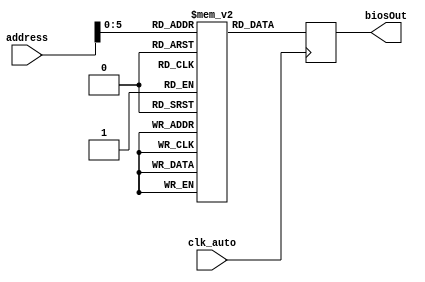
module BIOS(address, biosOut, clk_auto);

	input [31:0]address;
	input clk_auto;
	output reg [31:0]biosOut;
	
	reg [31:0] bios[63:0];
	initial
		begin				
bios[0] <= 32'b011010_00000000000000000000000001; // jump to 1 (main)
bios[1] <= 32'b001100_11110_11110_0000000000000101; // addi: $sp = $sp + (5)
bios[2] <= 32'b001111_00000_00110_0000000000001010; // li: load 10 in register $a0
bios[3] <= 32'b110110_00000_00110_0000000000000000; // lcd ($a0)
bios[4] <= 32'b011100_00000000000000000000000000; // nop
bios[5] <= 32'b100101_00000_10100_0000000000000000; // in $t0
bios[6] <= 32'b010000_11110_10100_0000000000000000; // sw: mem[$sp + (0)] = mem[$t0]
bios[7] <= 32'b001110_11110_01010_0000000000000000; // lw: $s0 = mem[$sp] + (0)
bios[8] <= 32'b001100_01010_10101_0000000000000010; // addi: $t1 = $s0 + (2)
bios[9] <= 32'b010000_11110_10101_0000000000000000; // sw: mem[$sp + (0)] = mem[$t1]
bios[10] <= 32'b001110_11110_01010_0000000000000000; // lw: $s0 = mem[$sp] + (0)
bios[11] <= 32'b011011_01010_00110_0000000000000000; // mov: $a0 = $s0
bios[12] <= 32'b111111_00000_00110_0000000000000000; // out $a0
bios[13] <= 32'b001111_00000_10110_0000000000000000; // li: load 0 in register $t2
bios[14] <= 32'b010000_11110_10110_1111111111111101; // sw: mem[$sp + (-3)] = mem[$t2]
bios[15] <= 32'b001110_11110_01010_1111111111111101; // lw: $s0 = mem[$sp] + (-3)
bios[16] <= 32'b001111_00000_10111_0000010000000000; // li: load 1024 in register $t3
bios[17] <= 32'b100010_01010_10111_11000_00000000000; // neq: if($s0 != $t3): $t4 = 1, else $t4 = 0
bios[18] <= 32'b010001_11000_00000_0000000000011110; // bneq: if($t4 == 0) jump to 30
bios[19] <= 32'b011011_01010_00110_0000000000000000; // mov: $a0 = $s0
bios[20] <= 32'b110010_00110_11001_0000000000000000; // lhd: $t5 = hd[$a0]
bios[21] <= 32'b010000_11110_11001_1111111111111110; // sw: mem[$sp + (-2)] = mem[$t5]
bios[22] <= 32'b001110_11110_01011_1111111111111110; // lw: $s1 = mem[$sp] + (-2)
bios[23] <= 32'b011011_01011_00110_0000000000000000; // mov: $a0 = $s1
bios[24] <= 32'b011011_01010_00111_0000000000000000; // mov: $a1 = $s0
bios[25] <= 32'b110101_00111_00110_0000000000000000; // smem: mem[$a0] = $a1
bios[26] <= 32'b001100_01010_11010_0000000000000001; // addi: $t6 = $s0 + (1)
bios[27] <= 32'b010000_11110_11010_1111111111111101; // sw: mem[$sp + (-3)] = mem[$t6]
bios[28] <= 32'b001110_11110_01010_1111111111111101; // lw: $s0 = mem[$sp] + (-3)
bios[29] <= 32'b011010_00000000000000000000001111; // jump to 15 (L1)
bios[30] <= 32'b001111_00000_00110_0000000000001011; // li: load 11 in register $a0
bios[31] <= 32'b110110_00000_00110_0000000000000000; // lcd ($a0)
bios[32] <= 32'b011100_00000000000000000000000000; // nop
bios[33] <= 32'b100101_00000_11011_0000000000000000; // in $t7
bios[34] <= 32'b010000_11110_11011_1111111111111111; // sw: mem[$sp + (-1)] = mem[$t7]
bios[35] <= 32'b001101_11110_11110_0000000000000101; // subi: $sp = $sp - (5)
bios[36] <= 32'b011101_00000000000000000000000000; // hlt





		end
	
	always @(posedge clk_auto)
		begin
			biosOut <= bios[address];
		end

	
endmodule